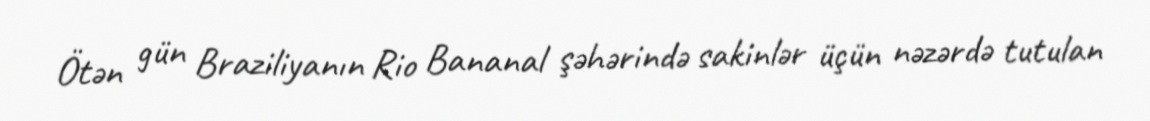
Ötən gün Braziliyanın Rio Bananal şəhərində sakinlər üçün nəzərdə tutulan